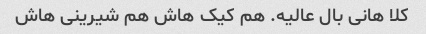
کلا هانی بال عالیه. هم کیک هاش هم شیرینی هاش